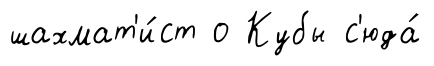
шахмат'и́ст о Кубы с'юда́